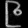
Digit: ၉